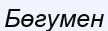
Бөгумен